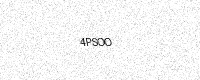
Text: 4PSOO